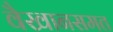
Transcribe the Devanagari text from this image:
वैखानसमत